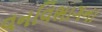
વનવિભાગના